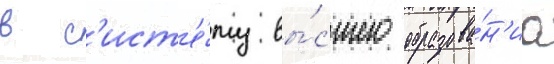
в с'ист'е́му вы́сшего образова́н'иа